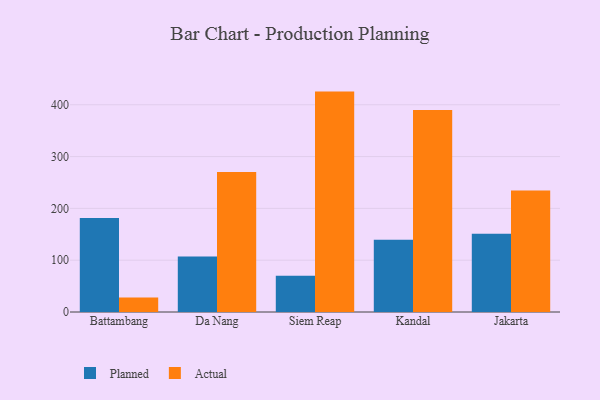
{"axis": {"x": "City", "y": "Bounce Rate (%)"}, "legend": ["Actual", "Planned"], "data": [{"x": "Battambang", "y": 181.5, "type": "Planned"}, {"x": "Battambang", "y": 27.9, "type": "Actual"}, {"x": "Da Nang", "y": 107.1, "type": "Planned"}, {"x": "Da Nang", "y": 270.2, "type": "Actual"}, {"x": "Siem Reap", "y": 69.8, "type": "Planned"}, {"x": "Siem Reap", "y": 425.4, "type": "Actual"}, {"x": "Kandal", "y": 139.6, "type": "Planned"}, {"x": "Kandal", "y": 390.0, "type": "Actual"}, {"x": "Jakarta", "y": 151.2, "type": "Planned"}, {"x": "Jakarta", "y": 234.4, "type": "Actual"}]}